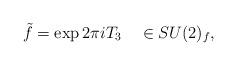
LaTeX: \begin{align*}\tilde{f} = \exp 2\pi i T_3 \ \ \ \in SU(2)_f,\end{align*}